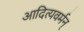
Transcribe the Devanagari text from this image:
आदित्यवर्मन्‌